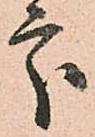
處